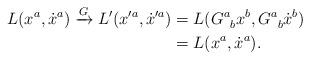
LaTeX: \begin{align*}L(x^a,\dot{x}^a) \xrightarrow{G} L'(x'^a,\dot{x}'^a) &= L(G^{a}_{\;\;b}x^b,G^{a}_{\;\;b}\dot{x}^b)\\ &= L(x^a,\dot{x}^a).\end{align*}